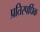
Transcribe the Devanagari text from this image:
प्रतिस्पर्धिक